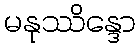
မနုဿိန္ဒော